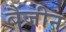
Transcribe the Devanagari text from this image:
बैंजीन